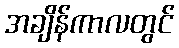
အချိန်ကာလတွင်